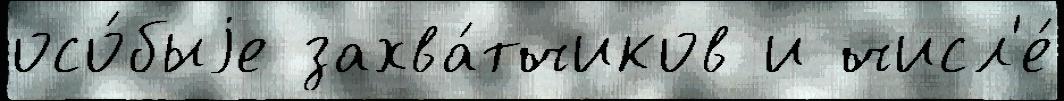
осо́быjе захва́тчиков и числ'е́